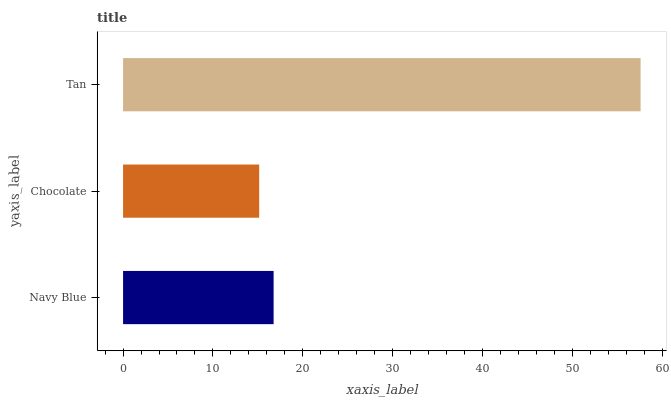
| yaxis_label | bars |
 | --- | --- |
 | Navy Blue | 16.7 |
 | Chocolate | 15.1 |
 | Tan | 57.6 |